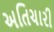
અતિચારી